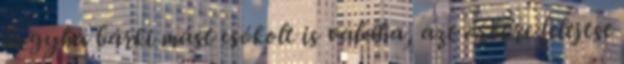
hogyha bárki mást csókolt is valaha, azt örökre felejtse